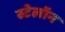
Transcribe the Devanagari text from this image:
स्टेलॉन